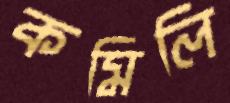
কমিলি